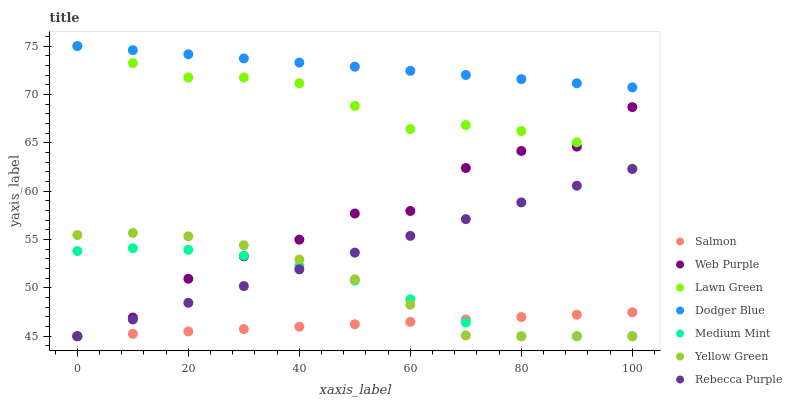
| xaxis_label | Salmon | Web Purple | Lawn Green | Dodger Blue | Medium Mint | Yellow Green | Rebecca Purple |
 | --- | --- | --- | --- | --- | --- | --- | --- |
 | 0 | 45 | 45 | 75 | 75 | 53.8 | 55.5 | 45 |
 | 10 | 45.2 | 46.9 | 73.2 | 74.6 | 54.1 | 55.7 | 46.7 |
 | 20 | 45.5 | 50.9 | 71.7 | 74.1 | 53.9 | 55.3 | 48.5 |
 | 30 | 45.7 | 53.3 | 71.7 | 73.7 | 53.3 | 54.4 | 50.2 |
 | 40 | 46 | 55 | 71.1 | 73.3 | 52.3 | 52.9 | 51.9 |
 | 50 | 46.2 | 57.7 | 68.8 | 72.9 | 50.8 | 50.9 | 53.6 |
 | 60 | 46.5 | 58 | 66.4 | 72.4 | 48.8 | 48.3 | 55.4 |
 | 70 | 46.7 | 62.4 | 66.8 | 72 | 46.4 | 45.1 | 57.1 |
 | 80 | 47 | 64.2 | 66.2 | 71.6 | 45 | 45 | 58.8 |
 | 90 | 47.2 | 64.6 | 65.1 | 71.2 | 45 | 45 | 60.6 |
 | 100 | 47.5 | 68.7 | 62.3 | 70.7 | 45 | 45 | 62.3 |